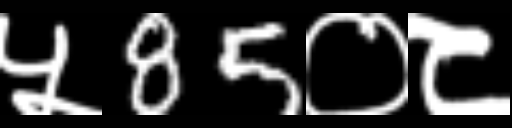
Text: ५85०८